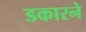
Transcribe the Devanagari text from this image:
डकारने